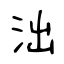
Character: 泏